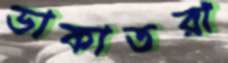
ডাকাতরা